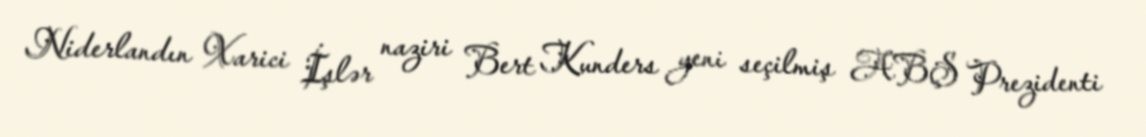
Niderlandın Xarici İşlər naziri Bert Kunders yeni seçilmiş ABŞ Prezidenti